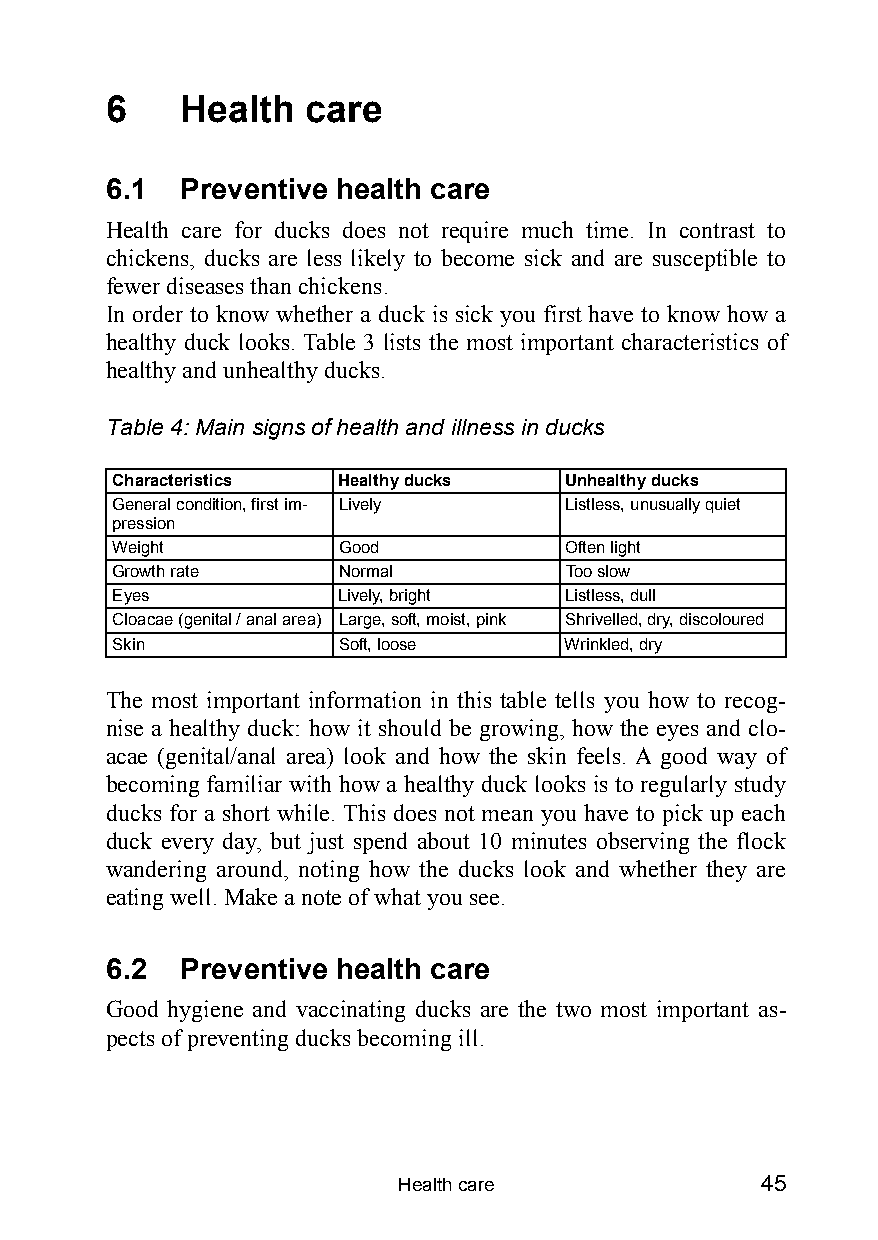
6    Health  care
 6.1  Preventive health care
 Health care for ducks does not require much time. In contrast to
 chickens, ducks are less likely to become sick and are susceptible to
 fewer diseases than chickens.
 In order to know whether a duck is sick you first have to know how a
 healthy duck looks. Table 3 lists the most important characteristics of
 healthy and unhealthy ducks.
 Table 4: Main signs of health and illness in ducks
 Characteristics Healthy ducks Unhealthy ducks
 General condition, first im- Lively Listless, unusually quiet
 pression
 Weight         Good           Often light
 Growth rate    Normal         Too slow
 Eyes           Lively, bright Listless, dull
 Cloacae (genital / anal area) Large, soft, moist, pink Shrivelled, dry, discoloured
 Skin           Soft, loose    Wrinkled, dry
 The most important information in this table tells you how to recog-
 nise a healthy duck: how it should be growing, how the eyes and clo-
 acae (genital/anal area) look and how the skin feels. A good way of
 becoming familiar with how a healthy duck looks is to regularly study
 ducks for a short while. This does not mean you have to pick up each
 duck every day, but just spend about 10 minutes observing the flock
 wandering around, noting how the ducks look and whether they are
 eating well. Make a note of what you see.
 6.2  Preventive health care
 Good hygiene and vaccinating ducks are the two most important as-
 pects of preventing ducks becoming ill.
 Health care             45